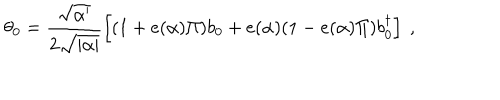
LaTeX: \theta _ { 0 } = \frac { \sqrt { \alpha ^ { \prime } } } { 2 \sqrt { | \alpha | } } \left[ ( 1 + e ( \alpha ) \Pi ) b _ { 0 } + e ( \alpha ) ( 1 - e ( \alpha ) \Pi ) b _ { 0 } ^ { \dagger } \right] ~ ,